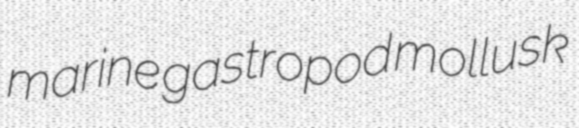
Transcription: marine gastropod mollusk